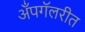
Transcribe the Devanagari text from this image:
अँपगॅलरीत